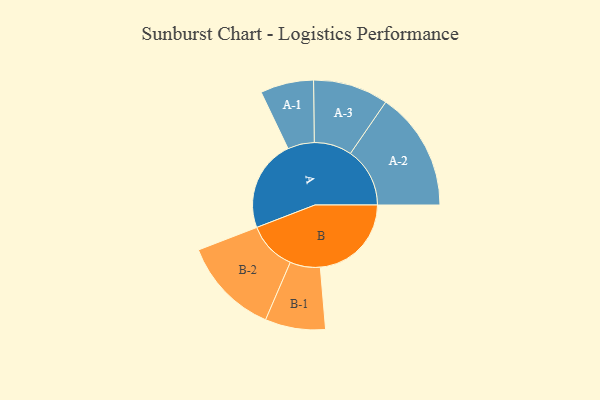
{"axis": {"x": "Segment", "y": "Value"}, "legend": ["", "A", "B"], "data": [{"x": "A", "y": 416, "type": ""}, {"x": "B", "y": 414, "type": ""}, {"x": "A-1", "y": 121, "type": "A"}, {"x": "A-2", "y": 270, "type": "A"}, {"x": "A-3", "y": 171, "type": "A"}, {"x": "B-1", "y": 137, "type": "B"}, {"x": "B-2", "y": 222, "type": "B"}]}